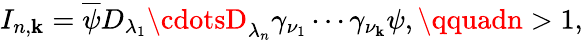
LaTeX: I_{n,\mathbf{k}}=\overline{{{{\psi}}}}D_{\lambda_{1}}\cdotsD_{\lambda_{n}}\gamma_{\nu_{1}}\cdots\gamma_{\nu_{\mathbf{k}}}\psi,\qquadn>1,